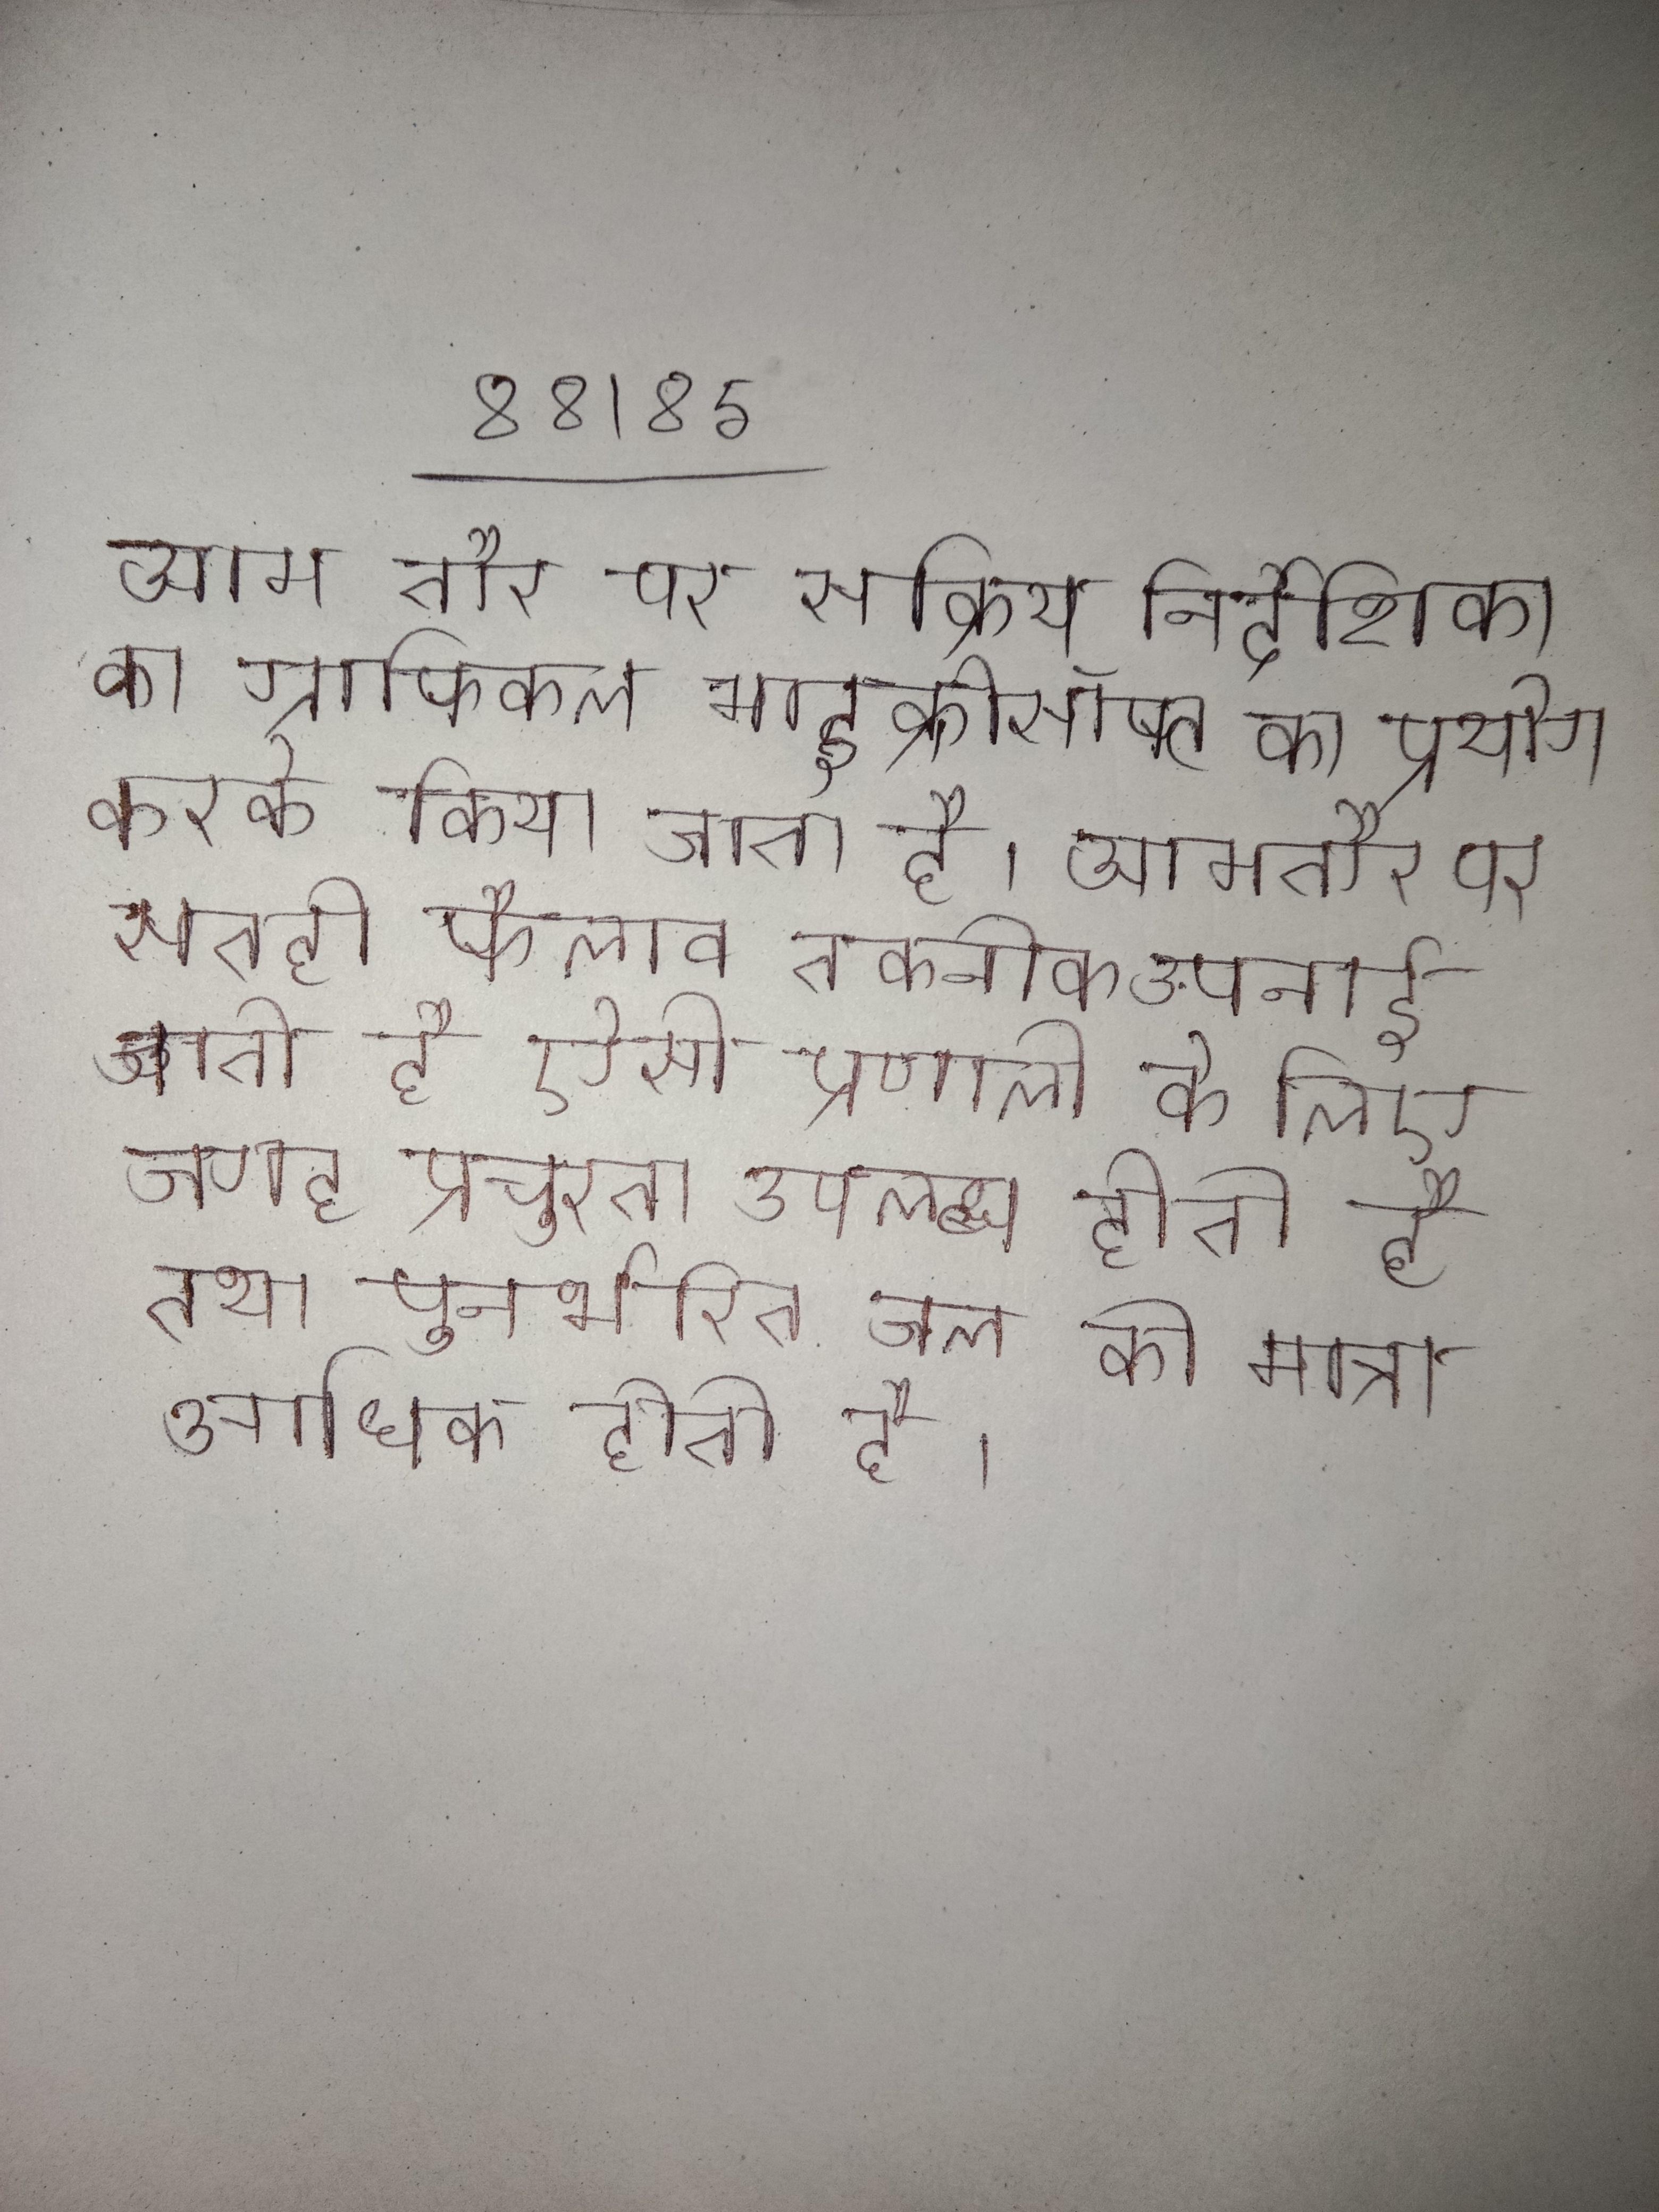
आम तौर पर सक्रिय निर्देशिका का ग्राफिकल माइक्रोसॉफ्ट का प्रयोग करके किया जाता है । आमतौर पर सतही फैलाव तकनीक अपनाई जाती है ऐसी प्रणाली के लिए जगह प्रचुरता उपलब्ध होती है तथा पुनर्भरित जल की मात्रा भी अधिक होती है ।